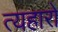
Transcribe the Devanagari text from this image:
त्यहारो